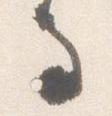
馬